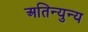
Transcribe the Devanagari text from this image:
अतिन्युन्य